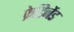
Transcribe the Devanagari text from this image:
फ्रेडिनेंड